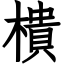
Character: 樻